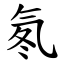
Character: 氡